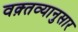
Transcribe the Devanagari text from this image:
वक़्तव्यानुसार